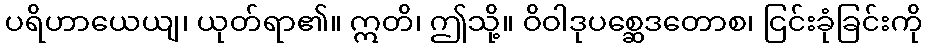
ပရိဟာယေယျ၊ ယုတ်ရာ၏။ ဣတိ၊ ဤသို့။ ဝိဝါဒုပစ္ဆေဒတောစ၊ ငြင်းခုံခြင်းကို